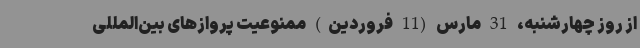
از روز چهارشنبه، 31 مارس (11 فروردین) ممنوعیت پروازهای بین‌المللی